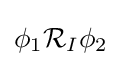
\phi _{1}{\mathcal {R}}_{I}\phi _{2}